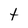
Character: t